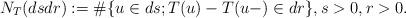
LaTeX: \begin{align*}N_T(dsdr):=\# \{u\in ds; T(u)-T(u-)\in dr\},s >0, r>0.\end{align*}